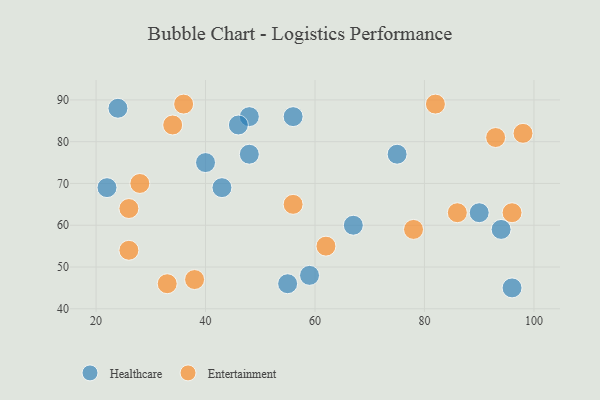
{"axis": {"x": "GDP", "y": "Life Expectancy"}, "legend": ["Entertainment", "Healthcare"], "data": [{"x": "96", "y": 45, "type": "Healthcare"}, {"x": "48", "y": 86, "type": "Healthcare"}, {"x": "46", "y": 84, "type": "Healthcare"}, {"x": "40", "y": 75, "type": "Healthcare"}, {"x": "48", "y": 77, "type": "Healthcare"}, {"x": "94", "y": 59, "type": "Healthcare"}, {"x": "90", "y": 63, "type": "Healthcare"}, {"x": "55", "y": 46, "type": "Healthcare"}, {"x": "24", "y": 88, "type": "Healthcare"}, {"x": "56", "y": 86, "type": "Healthcare"}, {"x": "67", "y": 60, "type": "Healthcare"}, {"x": "22", "y": 69, "type": "Healthcare"}, {"x": "75", "y": 77, "type": "Healthcare"}, {"x": "43", "y": 69, "type": "Healthcare"}, {"x": "59", "y": 48, "type": "Healthcare"}, {"x": "38", "y": 47, "type": "Entertainment"}, {"x": "26", "y": 64, "type": "Entertainment"}, {"x": "86", "y": 63, "type": "Entertainment"}, {"x": "26", "y": 54, "type": "Entertainment"}, {"x": "98", "y": 82, "type": "Entertainment"}, {"x": "96", "y": 63, "type": "Entertainment"}, {"x": "36", "y": 89, "type": "Entertainment"}, {"x": "78", "y": 59, "type": "Entertainment"}, {"x": "93", "y": 81, "type": "Entertainment"}, {"x": "56", "y": 65, "type": "Entertainment"}, {"x": "82", "y": 89, "type": "Entertainment"}, {"x": "28", "y": 70, "type": "Entertainment"}, {"x": "33", "y": 46, "type": "Entertainment"}, {"x": "34", "y": 84, "type": "Entertainment"}, {"x": "62", "y": 55, "type": "Entertainment"}]}